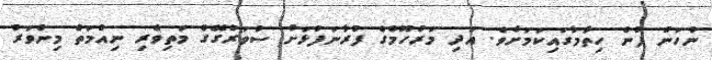
ނުހަނު ފުން ހިތާމާގައިކަމަށެވެ. އަދި މަރުހޫމްގެ ފުރާނަފުޅަށް ސުވަރުގޭގެ މަތިވެރި ނިއުމަތް މިންވަރު